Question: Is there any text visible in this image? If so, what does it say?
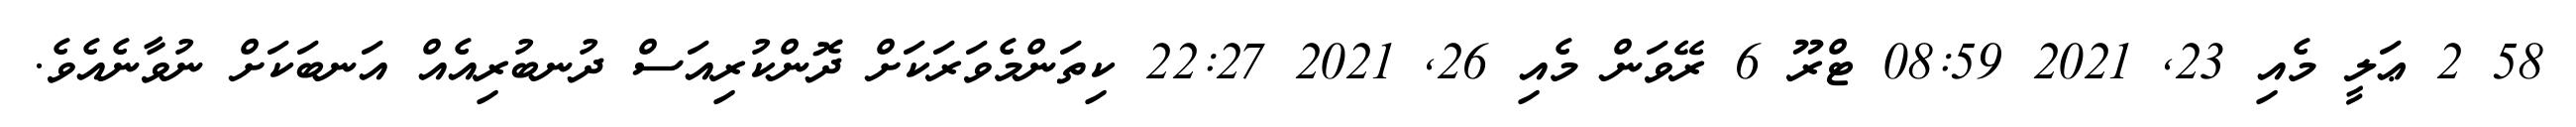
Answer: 58 2 ޢަލީ މެއި 23, 2021 08:59 ޓްރޫ 6 ރޭވަން މެއި 26, 2021 22:27 ކިތަންމެވަރަކަށް ދޮންކުރިއަސް ދުނބުރިއެއް އަނބަކަށް ނުވާނެއެވެ.